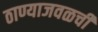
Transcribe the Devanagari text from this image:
ठाण्याजवळची